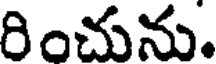
రించును.